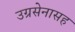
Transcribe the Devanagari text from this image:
उग्रसेनासह